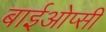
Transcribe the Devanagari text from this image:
बाईओप्सी